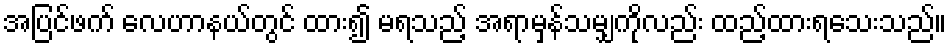
အပြင်ဖက် လေဟာနယ်တွင် ထား၍ မရသည့် အရာမှန်သမျှကိုလည်း ထည့်ထားရသေးသည်။